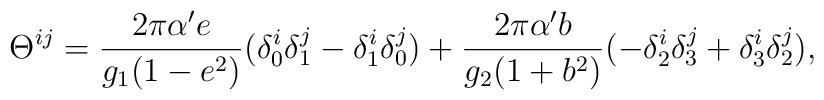
\Theta ^{ij}=\frac{2\pi\alpha' e}{g_1(1-e^2)}(\delta_0^i\delta_1^j-\delta^i_1  \delta_0^j)+\frac{2\pi\alpha'b}{g_2(1+b^2)}(-\delta_2^i\delta^j_3+\delta^i_3\delta^j_2),